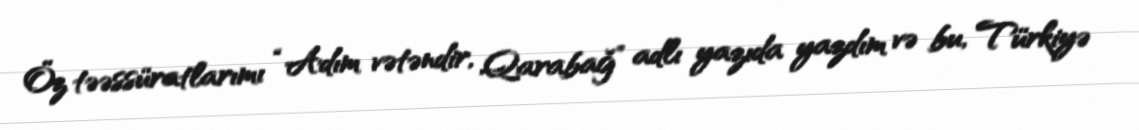
Öz təəssüratlarımı “Adım vətəndir, Qarabağ” adlı yazıda yazdım və bu, Türkiyə